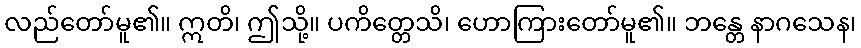
လည်တော်မူ၏။ ဣတိ၊ ဤသို့။ ပကိတ္တေသိ၊ ဟောကြားတော်မူ၏။ ဘန္တေ နာဂသေန၊